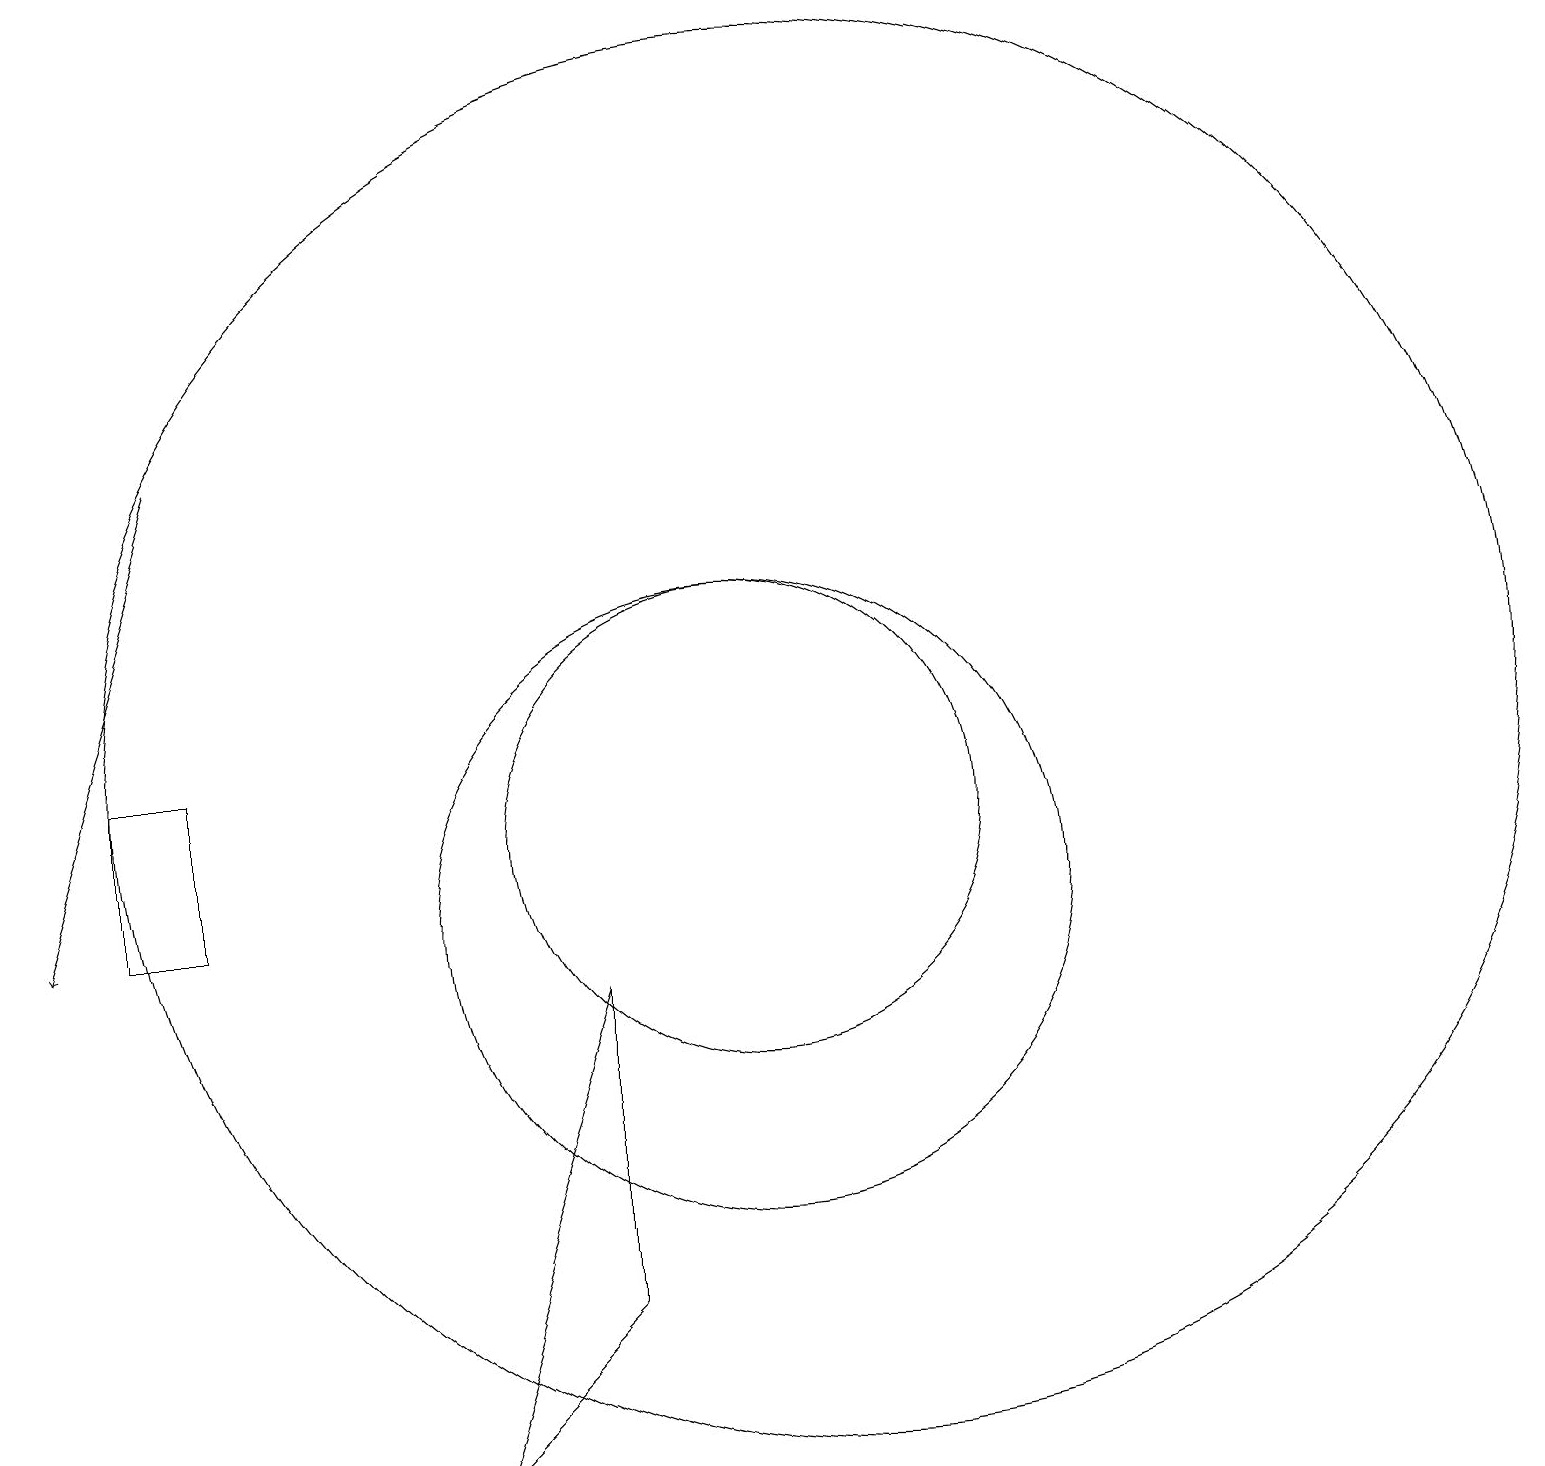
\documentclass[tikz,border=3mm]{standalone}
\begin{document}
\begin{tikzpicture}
\draw (10,11) circle (3);
\draw (10,10) circle (4);
\draw (2,12) rectangle (3,10);
\draw (6,3) -- (8,9) -- (8,5) -- cycle;
\draw[->] (3,16) -- (1,10);
\draw (11,12) circle (9);
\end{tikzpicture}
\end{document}